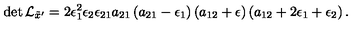
\det { \cal L } _ { { \tilde { x } } ^ { \prime } } = 2 \epsilon _ { 1 } ^ { 2 } \epsilon _ { 2 } \epsilon _ { 2 1 } a _ { 2 1 } \left( a _ { 2 1 } - \epsilon _ { 1 } \right) \left( a _ { 1 2 } + \epsilon \right) \left( a _ { 1 2 } + 2 \epsilon _ { 1 } + \epsilon _ { 2 } \right) .